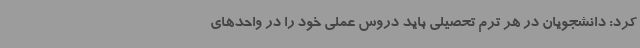
کرد: دانشجویان در هر ترم تحصیلی باید دروس عملی خود را در واحدهای